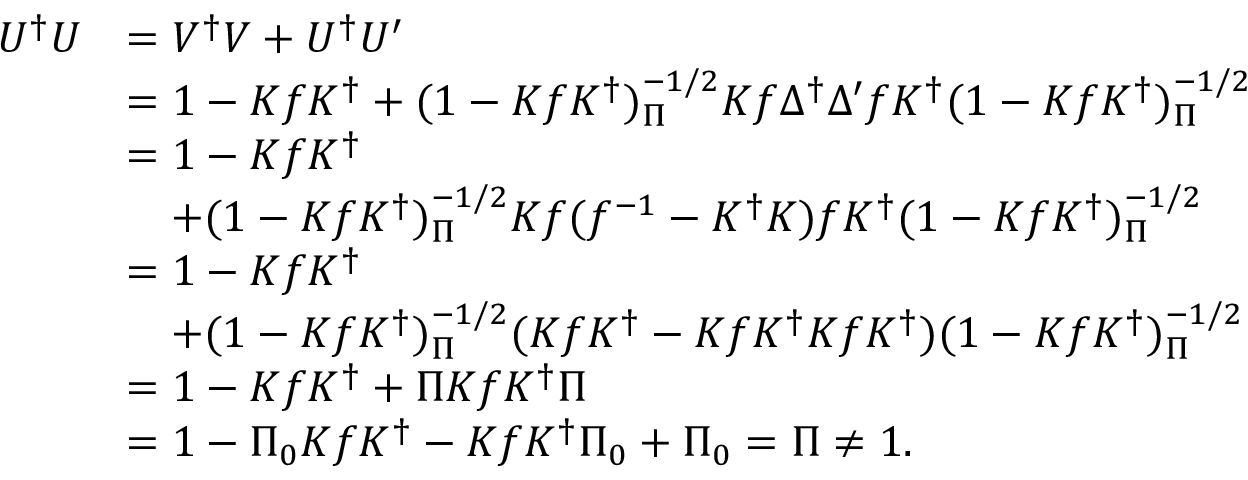
\begin{array} { r l } { { U ^ { \dag } U } } & { { = V ^ { \dag } V + U ^ { \dag } U ^ { \prime } } } \\ { { } } & { { = 1 - K f K ^ { \dag } + ( 1 - K f K ^ { \dag } ) _ { \Pi } ^ { - 1 / 2 } K f \Delta ^ { \dag } \Delta ^ { \prime } f K ^ { \dag } ( 1 - K f K ^ { \dag } ) _ { \Pi } ^ { - 1 / 2 } } } \\ { { } } & { { = 1 - K f K ^ { \dag } } } \\ { { } } & { { \quad + ( 1 - K f K ^ { \dag } ) _ { \Pi } ^ { - 1 / 2 } K f ( f ^ { - 1 } - K ^ { \dag } K ) f K ^ { \dag } ( 1 - K f K ^ { \dag } ) _ { \Pi } ^ { - 1 / 2 } } } \\ { { } } & { { = 1 - K f K ^ { \dag } } } \\ { { } } & { { \quad + ( 1 - K f K ^ { \dag } ) _ { \Pi } ^ { - 1 / 2 } ( K f K ^ { \dag } - K f K ^ { \dag } K f K ^ { \dag } ) ( 1 - K f K ^ { \dag } ) _ { \Pi } ^ { - 1 / 2 } } } \\ { { } } & { { = 1 - K f K ^ { \dag } + \Pi K f K ^ { \dag } \Pi } } \\ { { } } & { { = 1 - \Pi _ { 0 } K f K ^ { \dag } - K f K ^ { \dag } \Pi _ { 0 } + \Pi _ { 0 } = \Pi \ne 1 . } } \end{array}